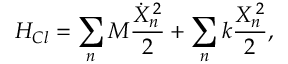
H _ { C l } = \sum _ { n } M \frac { \dot { X } _ { n } ^ { \, 2 } } { 2 } + \sum _ { n } k \frac { X _ { n } ^ { \, 2 } } { 2 } ,